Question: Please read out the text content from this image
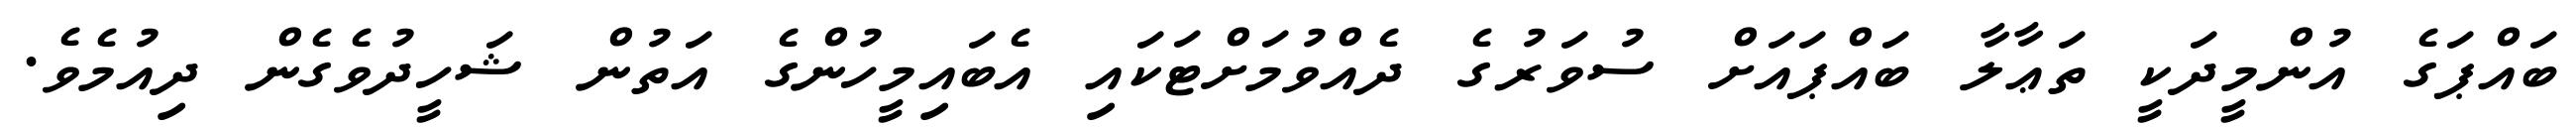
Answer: ބައްޕަގެ އުންމީދަކީ ތަޢާލާ ބައްޕައަށް ސުވަރުގެ ދެއްވުމަށްޓަކައި އެބައިމީހުންގެ އަތުން ޝަހީދުވެގެން ދިއުމެވެ.